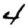
Digit: 4